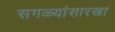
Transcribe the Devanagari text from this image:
सगळ्यांसारखा